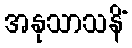
အနုသာသနိံ